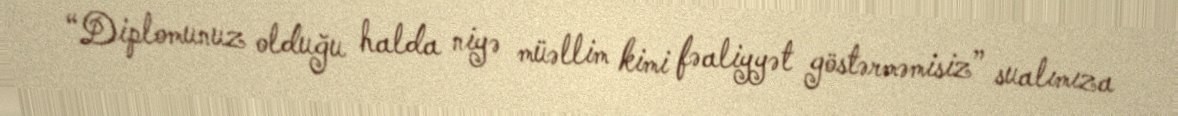
“Diplomunuz olduğu halda niyə müəllim kimi fəaliyyət göstərməmisiz” sualımıza